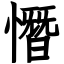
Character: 憯